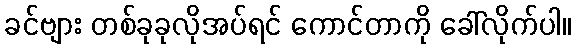
ခင်ဗျား တစ်ခုခုလိုအပ်ရင် ကောင်တာကို ခေါ်လိုက်ပါ။